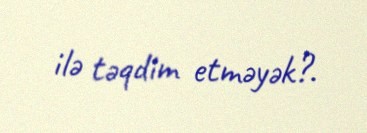
ilə təqdim etməyək?.